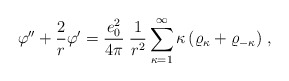
\begin{align*}\varphi''+\frac{2}{r}\varphi'=\frac{e_0^2}{4\pi}\;\frac{1}{r^2}\sum_{\kappa=1}^\infty\kappa\left(\varrho_{\kappa}+\varrho_{-\kappa}\right)\,,\end{align*}